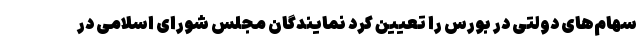
سهام‌های دولتی در بورس را تعیین کرد نمایندگان مجلس شورای اسلامی در